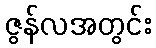
ဇွန်လအတွင်း